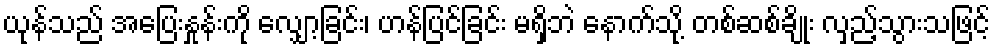
ယုန်သည် အပြေးနှုန်းကို လျှော့ခြင်း၊ ဟန်ပြင်ခြင်း မရှိဘဲ နောက်သို့ တစ်ဆစ်ချိုး လှည့်သွားသဖြင့်